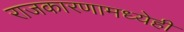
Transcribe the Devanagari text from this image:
राजकारणामध्येही